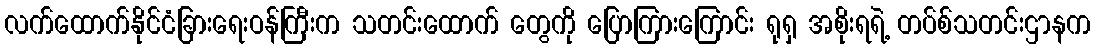
လက်ထောက်နိုင်ငံခြားရေးဝန်ကြီးက သတင်းထောက် တွေကို ပြောကြားကြောင်း ရုရှ အစိုးရရဲ့ တပ်စ်သတင်းဌာနက